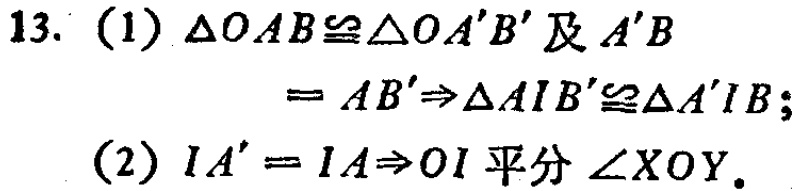
13. (1) $\triangle OAB\cong\triangle OA'B'$及$A'B = AB'\Rightarrow\triangle AIB'\cong\triangle A'IB$;

(2) $IA' = IA\Rightarrow OI$平分$\angle XOY$.